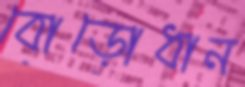
বোড়োধান